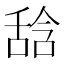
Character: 𱼳